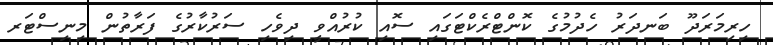
ހިރިމަރަދޫ ބަނދަރު ހެދުމުގެ ކޮންޓްރެކްޓަގައި ސޮއި ކުރުއްވީ ދިވެހި ސަރުކާރުގެ ފަރާތުން މިނިސްޓަރ